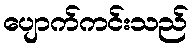
ပျောက်ကင်းသည်